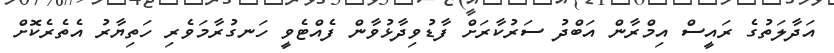
އަދާލަތުގެ ރައީސް އިމްރާން އަބްދު ސަރުކާރަށް ފާޑުވިދާޅުވާން ފެއްޓެވީ ހަނގުރާމަވެރި ހަތިޔާރު އެތެރެކޮށް